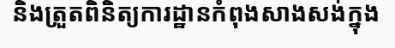
និងត្រួតពិនិត្យការដ្ឋានកំពុងសាងសង់ក្នុង